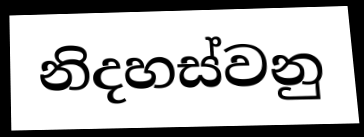
නිදහස්වනු